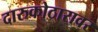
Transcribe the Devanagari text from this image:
दारुकोठारावर